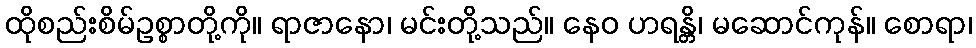
ထိုစည်းစိမ်ဥစ္စာတို့ကို။ ရာဇာနော၊ မင်းတို့သည်။ နေဝ ဟရန္တိ၊ မဆောင်ကုန်။ စောရာ၊